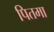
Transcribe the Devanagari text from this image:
पितमा